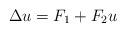
LaTeX: \begin{align*}&\Delta u=F_1+F_2 u\end{align*}